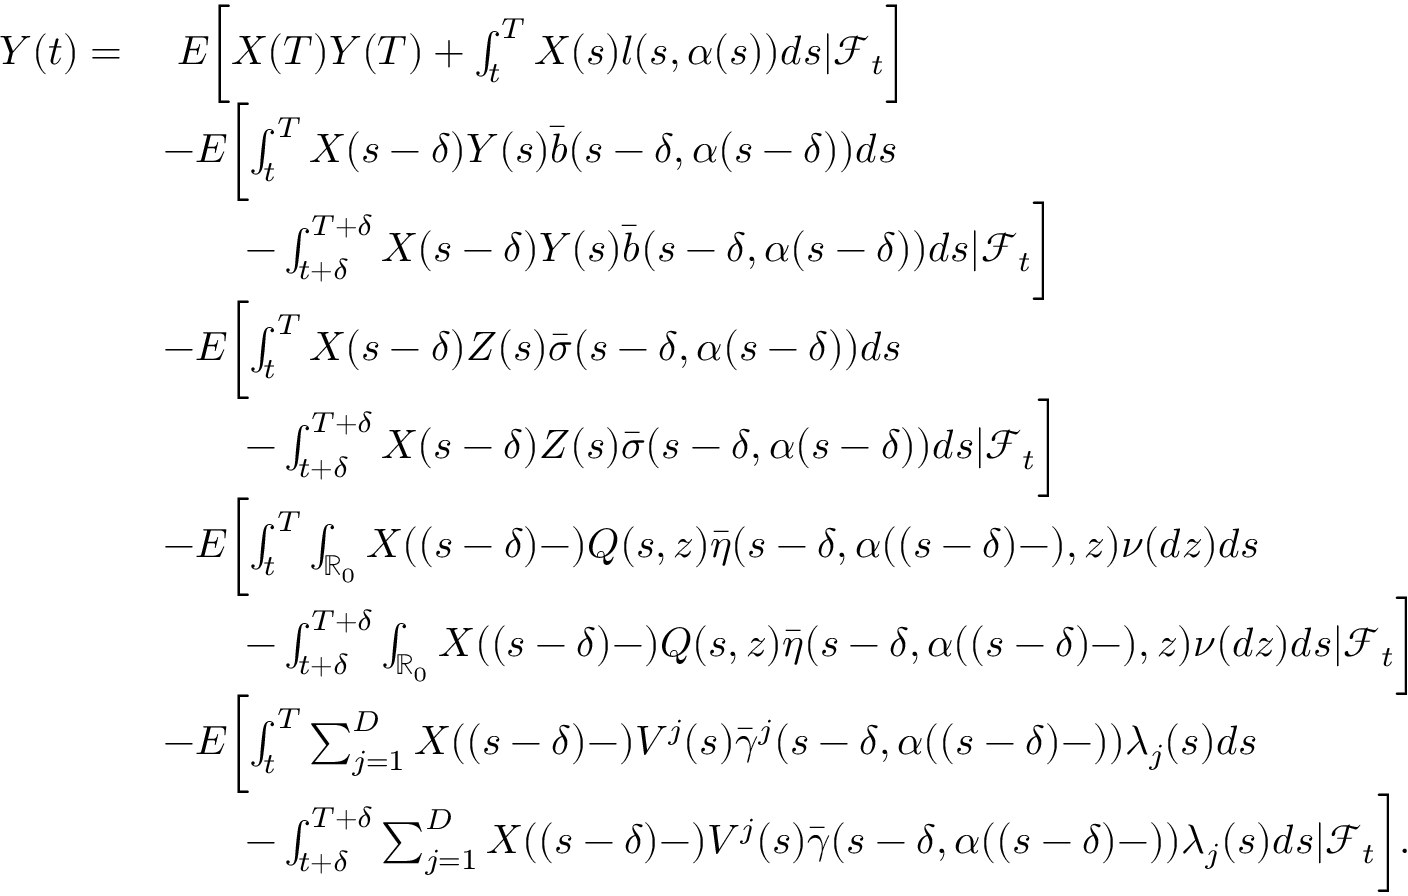
\begin{array} { r l } { Y ( t ) = } & { \ E \biggl [ X ( T ) Y ( T ) + \int _ { t } ^ { T } X ( s ) l ( s , \alpha ( s ) ) d s | \mathcal { F } _ { t } \biggr ] } \\ & { - E \biggl [ \int _ { t } ^ { T } X ( s - \delta ) Y ( s ) \bar { b } ( s - \delta , \alpha ( s - \delta ) ) d s } \\ & { \qquad - \int _ { t + \delta } ^ { T + \delta } X ( s - \delta ) Y ( s ) \bar { b } ( s - \delta , \alpha ( s - \delta ) ) d s | \mathcal { F } _ { t } \biggr ] } \\ & { - E \biggl [ \int _ { t } ^ { T } X ( s - \delta ) Z ( s ) \bar { \sigma } ( s - \delta , \alpha ( s - \delta ) ) d s } \\ & { \qquad - \int _ { t + \delta } ^ { T + \delta } X ( s - \delta ) Z ( s ) \bar { \sigma } ( s - \delta , \alpha ( s - \delta ) ) d s | \mathcal { F } _ { t } \biggr ] } \\ & { - E \biggl [ \int _ { t } ^ { T } \int _ { \mathbb { R } _ { 0 } } X ( ( s - \delta ) - ) Q ( s , z ) \bar { \eta } ( s - \delta , \alpha ( ( s - \delta ) - ) , z ) \nu ( d z ) d s } \\ & { \qquad - \int _ { t + \delta } ^ { T + \delta } \int _ { \mathbb { R } _ { 0 } } X ( ( s - \delta ) - ) Q ( s , z ) \bar { \eta } ( s - \delta , \alpha ( ( s - \delta ) - ) , z ) \nu ( d z ) d s | \mathcal { F } _ { t } \biggr ] } \\ & { - E \biggl [ \int _ { t } ^ { T } \sum _ { j = 1 } ^ { D } X ( ( s - \delta ) - ) V ^ { j } ( s ) \bar { \gamma } ^ { j } ( s - \delta , \alpha ( ( s - \delta ) - ) ) \lambda _ { j } ( s ) d s } \\ & { \qquad - \int _ { t + \delta } ^ { T + \delta } \sum _ { j = 1 } ^ { D } X ( ( s - \delta ) - ) V ^ { j } ( s ) \bar { \gamma } ( s - \delta , \alpha ( ( s - \delta ) - ) ) \lambda _ { j } ( s ) d s | \mathcal { F } _ { t } \biggr ] . } \end{array}